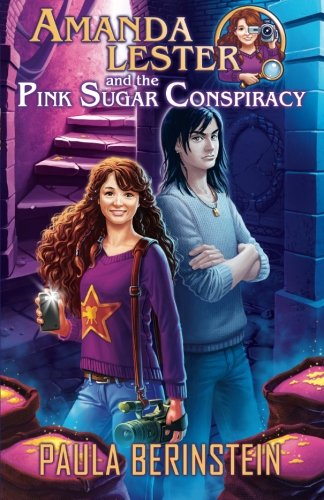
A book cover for Amanda Lester and the Pink Sugar Conspiracy; Paula Berinstein; Teen & Young Adult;